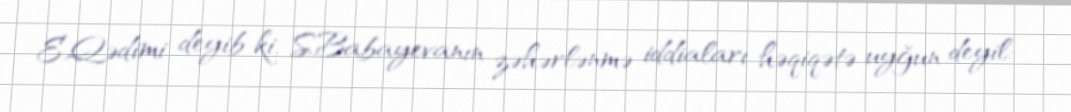
E.Qədimi deyib ki, S.Babayevanın zəhərlənmə iddiaları həqiqətə uyğun deyil: